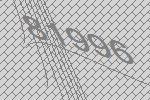
81996